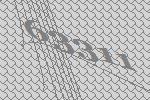
63311